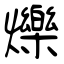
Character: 爍